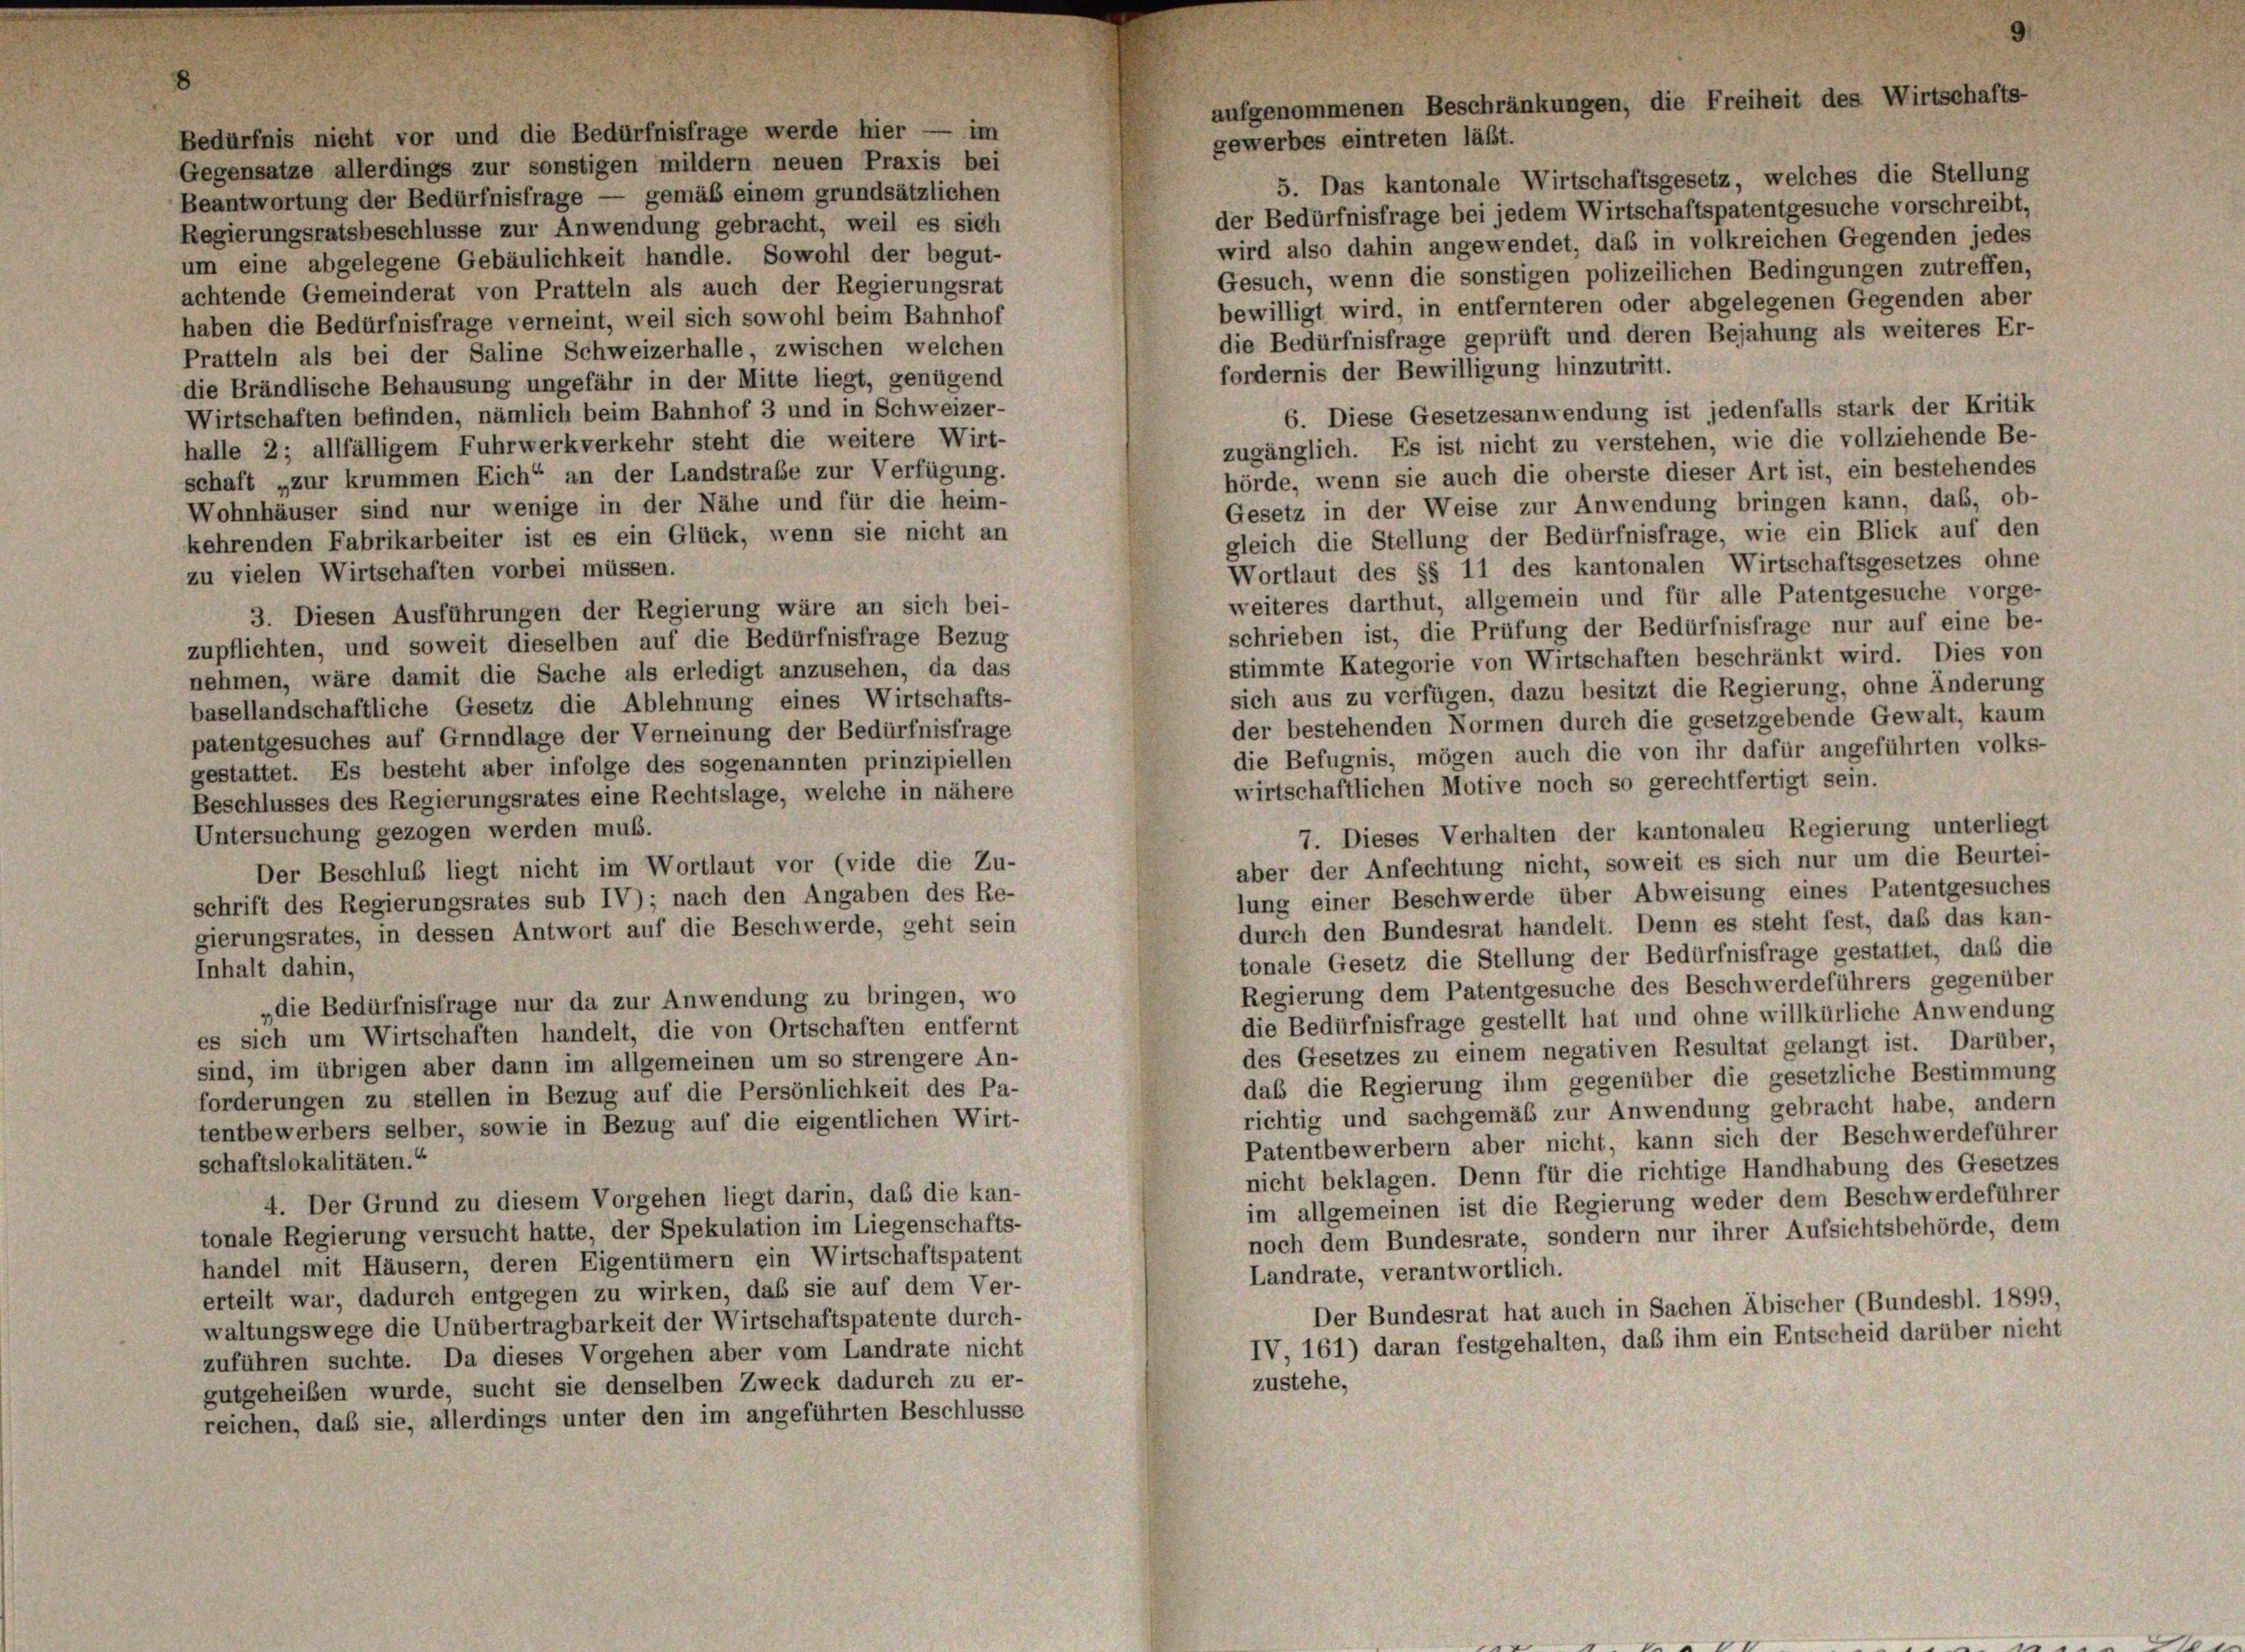
Gegensätze allerdings zur sonstigen mildern neuen Praxis bei
5. Das kantonale Wirtschaftsgesetz, welches die Stellung
Beantwortung der Bedürfnisfrage — gemäß einem grundsätzlichen
der Bedürfnisfrage bei jedem Wirtschaftspatentgesuche vorschreibt,
Regierungsratsbeschlüsse zur Anwendung gebracht, weil es sich
wird also dahin angewendet, daß in volkreichen Gegenden jedes
um eine abgelegene Gebäulichkeit handle. Sowohl der begut-
Gesuch, wenn die sonstigen polizeilichen Bedingungen zutreffen,
achtende Gemeinderat von Pratteln als auch der Regierungsrat
bewilligt wird, in entfernteren oder abgelegenen Gegenden aber
haben die Bedürfnisfrage verneint, weil sich sowohl beim Bahnhof
die Bedürfnisfrage geprüft und deren Bejahung als weiteres Er-
Pratteln als bei der Saline Schweizerhalle, zwischen welchen
fordernis der Bewilligung hinzutritt.
die Brändlische Behausung ungefähr in der Mitte liegt, genügend
6. Diese Gesetzesanwendung ist jedenfalls stark der Kritik
Wirtschaften befinden, nämlich beim Bahnhof 3 und in Schweizer-
zugänglich. Es ist nicht zu verstehen, wie die vollziehende Be-
halle 2; allfälligem Fuhrwerkverkehr steht die weitere Wirt-
hörde, wenn sie auch die oberste dieser Art ist, ein bestehendes
schaft „zur krummen Eich“ an der Landstrafe zur Verfügung.
Gesetz in der Weise zur Anwendung bringen kann, daß, ob-
Wohnhäuser sind nur wenige in der Nähe und für die heim-
gleich die Stellung der Bedürfnisfrage, wie ein Blick auf den
kehrenden Fabrikarbeiter ist es ein Glück, wenn sie nicht an
Wortlaut des §§ 11 des kantonalen Wirtschaftsgesetzes ohne
zu vielen Wirtschaften vorbei müssen.
weiteres darthut, allgemein und für alle Patentgesuche vorge-
3. Diesen Ausführungen der Regierung wäre an sich bei-
schrieben ist, die Prüfung der Bedürfnisfrage nur auf eine be-
zupflichten, und soweit dieselben auf die Bedürfnisfrage Bezug
stimmte Kategorie von Wirtschaften beschränkt wird. Dies von
nehmen, wäre damit die Sache als erledigt anzusehen, da das
sich aus zu verfügen, dazu besitzt die Regierung, ohne Änderung
basellandschaftliche Gesetz die Ablehnung eines Wirtschafts-
der bestehenden Normen durch die gesetzgebende Gewalt, kaum
patentgesuches auf Grundlage der Verneinung der Bedürfnisfrage
die Befugnis, mögen auch die von ihr dafür angeführten volks-
gestattet. Es besteht aber infolge des sogenannten prinzipiellen
wirtschaftlichen Motive noch so gerechtfertigt sein.
Beschlusses des Regierungsrates eine Rechtslage, welche in nähere
7. Dieses Verhalten der kantonalen Regierung unterliegt
Untersuchung gezogen werden muß.
aber der Anfechtung nicht, soweit es sich nur um die Beurtei-
Der Beschluß liegt nicht im Wortlaut vor (vide die Zu-
lung einer Beschwerde über Abweisung eines Patentgesuches
schrift des Regierungsrates sub IV); nach den Angaben des Re-
durch den Bundesrat handelt. Denn es steht fest, daß das kan-
gierungsrates, in dessen Antwort auf die Beschwerde, geht sein
tonale Gesetz die Stellung der Bedürfnisfrage gestattet, daß die
Inhalt dahin,
Regierung dem Patentgesuche des Beschwerdeführers gegenüber
„die Bedürfnisfrage nur da zur Anwendung zu bringen, wo
die Bedürfnisfrage gestellt hat und ohne willkürliche Anwendung
es sich um Wirtschaften handelt, die von Ortschaften entfernt
des Gesetzes zu einem negativen Resultat gelangt ist. Darüber,
sind, im übrigen aber dann im allgemeinen um so strengere An-
daß die Regierung ihm gegenüber die gesetzliche Bestimmung
forderungen zu stellen in Bezug auf die Persönlichkeit des Pa-
richtig und sachgemäß zur Anwendung gebracht habe, andern
tentbewerbers selber, sowie in Bezug auf die eigentlichen Wirt-
Patentbewerbern aber nicht, kann sich der Beschwerdeführer
schaftslokalitäten.“
nicht beklagen. Denn für die richtige Handhabung des Gesetzes
4. Der Grund zu diesem Vorgehen liegt darin, das die kan-
im allgemeinen ist die Regierung weder dem Beschwerdeführer
tonale Regierung versucht hatte, der Spekulation im Liegenschafts-
noch dem Bundesrate, sondern nur ihrer Aufsichtsbehörde, dem
handel mit Häusern, deren Eigentümern ein Wirtschaftspatent
Landrate, verantwortlich.
erteilt war, dadurch entgegen zu wirken, daß sie auf dem Ver-
Der Bundesrat hat auch in Sachen Äbischer (Bundesbl. 1899,
waltungswege die Unübertragbarkeit der Wirtschaftspatente durch-
IV, 161) daran festgehalten, daß ihm ein Entscheid darüber nicht
zuführen suchte. Da dieses Vorgehen aber vom Landrate nicht
zustehe,
gutgeheiben wurde, sucht sie denselben Zweck dadurch zu er-
reichen, daß sie, allerdings unter den im angeführten Beschlüsse

Bedürfnis nicht vor und die Bedürfnisfrage werde hier — im

aufgenommenen Beschränkungen, die Freiheit des Wirtschafts-
gewerbes eintreten läßt.